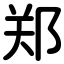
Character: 郑